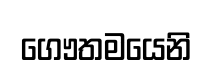
ගෞතමයෙනි